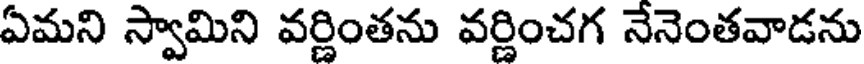
ఏమని స్వామిని వర్ణింతను వర్ణించగ నేనెంతవాడను